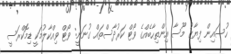
ހުސައިން ފިޔާޒު މޫސާ އިންތިހާބެއްގެ ވޯޓް ކަރުދާސްތައް ގުނަނީ: ވޯޓް ވިއްކާލުމަކީ ޑިމޮކްރަސީ